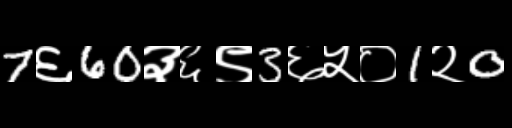
Text: 7६60३६९3६५०1२0